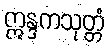
ဣန္ဒကသုတ္တံ